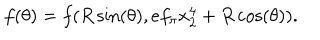
LaTeX: f ( \theta ) = f ( R \sin ( \theta ) , e f _ { \pi } x _ { 2 } ^ { 4 } + R \cos ( \theta ) ) .